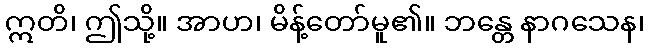
ဣတိ၊ ဤသို့။ အာဟ၊ မိန့်တော်မူ၏။ ဘန္တေ နာဂသေန၊